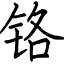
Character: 铬